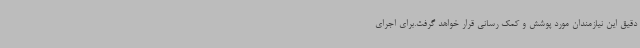
دقیق این نیازمندان مورد پوشش و کمک رسانی قرار خواهد گرفت.برای اجرای